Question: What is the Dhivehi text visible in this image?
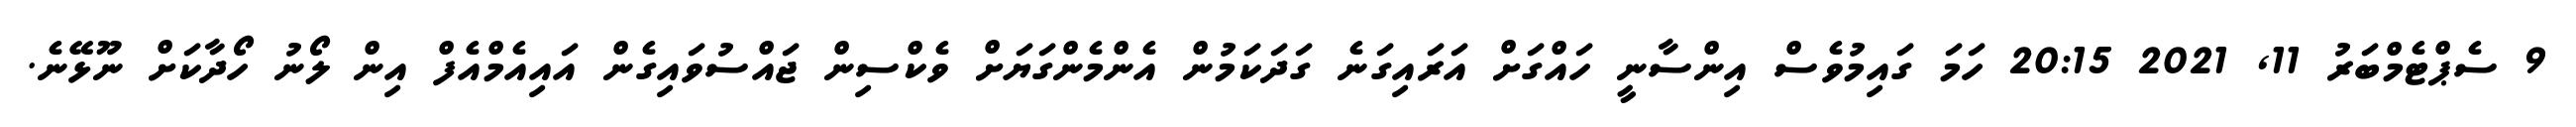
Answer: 9 ސެޕްޓެމްބަރު 11, 2021 20:15 ހަމަ ގައިމުވެސް އިންސާނީ ހައްގަށް އަރައިގަނެ ގަދަކަމުން އެންމެންގަޔަށް ވެކްސިން ޖައްސުވައިގެން އައިއެމްއެފް އިން ލޯނު ހޯދާކަށް ނޫޅޭނެ.